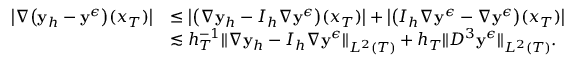
\begin{array} { r l } { \big | \nabla \big ( \mathbf { y } _ { h } - \mathbf { y } ^ { \epsilon } \big ) ( x _ { T } ) \big | } & { \le \big | \big ( \nabla \mathbf { y } _ { h } - I _ { h } \nabla \mathbf { y } ^ { \epsilon } \big ) ( x _ { T } ) \big | + \big | \big ( I _ { h } \nabla \mathbf { y } ^ { \epsilon } - \nabla \mathbf { y } ^ { \epsilon } \big ) ( x _ { T } ) \big | } \\ & { \lesssim h _ { T } ^ { - 1 } \| \nabla \mathbf { y } _ { h } - I _ { h } \nabla \mathbf { y } ^ { \epsilon } \| _ { L ^ { 2 } ( T ) } + h _ { T } \| D ^ { 3 } \mathbf { y } ^ { \epsilon } \| _ { L ^ { 2 } ( T ) } . } \end{array}